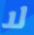
لا